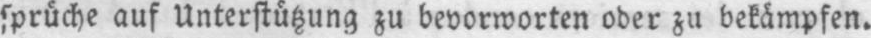
sprúche auf Unterstützung zu bevorworten oder zu bekämpfen.